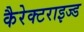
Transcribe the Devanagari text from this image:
कैरेक्टराइज्ड